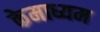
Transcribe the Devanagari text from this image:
केमाध्यम